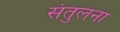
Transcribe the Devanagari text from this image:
संतुलना